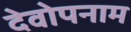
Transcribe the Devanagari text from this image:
देवोपनाम